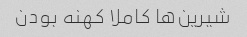
شیرین‌ها کاملا کهنه بودن